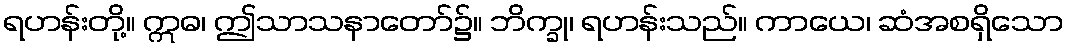
ရဟန်းတို့။ ဣဓ၊ ဤသာသနာတော်၌။ ဘိက္ခု၊ ရဟန်းသည်။ ကာယေ၊ ဆံအစရှိသော